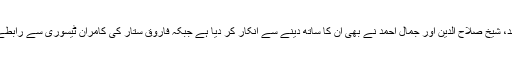
ایم کیو ایم رہنما علی رضا عابدی، ساجد احمد، شیخ صلاح الدین اور جمال احمد نے بھی ان کا ساتھ دینے سے انکار کر دیا ہے جبکہ فاروق ستار کی کامران ٹیسوری سے رابطے کی تمام ترکوششیں بھی نا کام ہو گئی ہیں۔